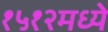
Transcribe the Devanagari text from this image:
१५१२मध्ये